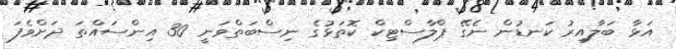
އަޅާ ބަލާއިރު ކަނޑުން ނެގޭ ޕްލާސްޓިކް ކޮތަޅުގެ ނިސްބަތްވަނީ 30 އިންސައްތަ ދަށްވެފަ